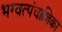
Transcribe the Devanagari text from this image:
भग्वत्पंचाशिका